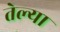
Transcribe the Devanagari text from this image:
तेल्या